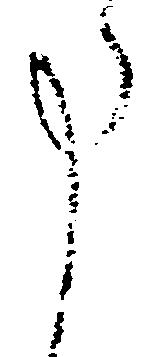
た